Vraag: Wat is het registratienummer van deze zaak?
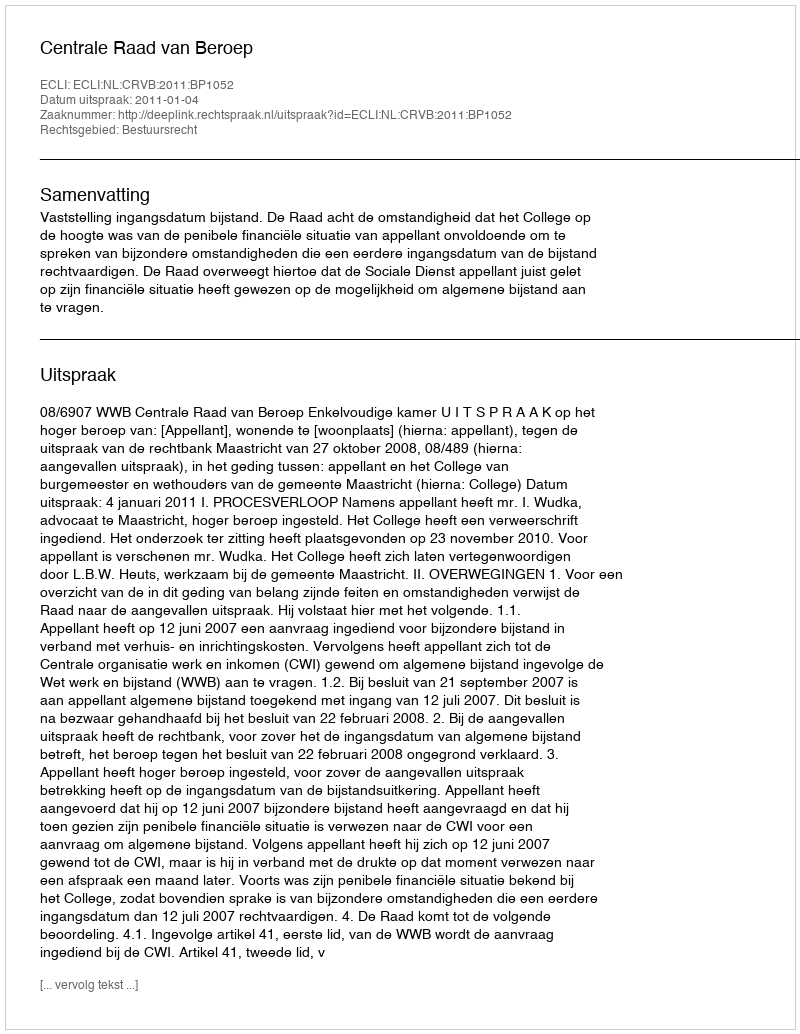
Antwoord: http://deeplink.rechtspraak.nl/uitspraak?id=ECLI:NL:CRVB:2011:BP1052